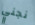
نجني